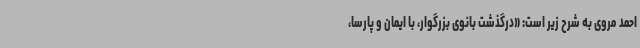
احمد مروی به شرح زیر است: «درگذشت بانوی بزرگوار، با ایمان و پارسا،